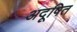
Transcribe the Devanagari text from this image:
अदूषित